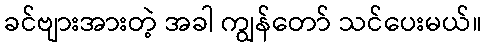
ခင်ဗျားအားတဲ့ အခါ ကျွန်တော် သင်ပေးမယ်။